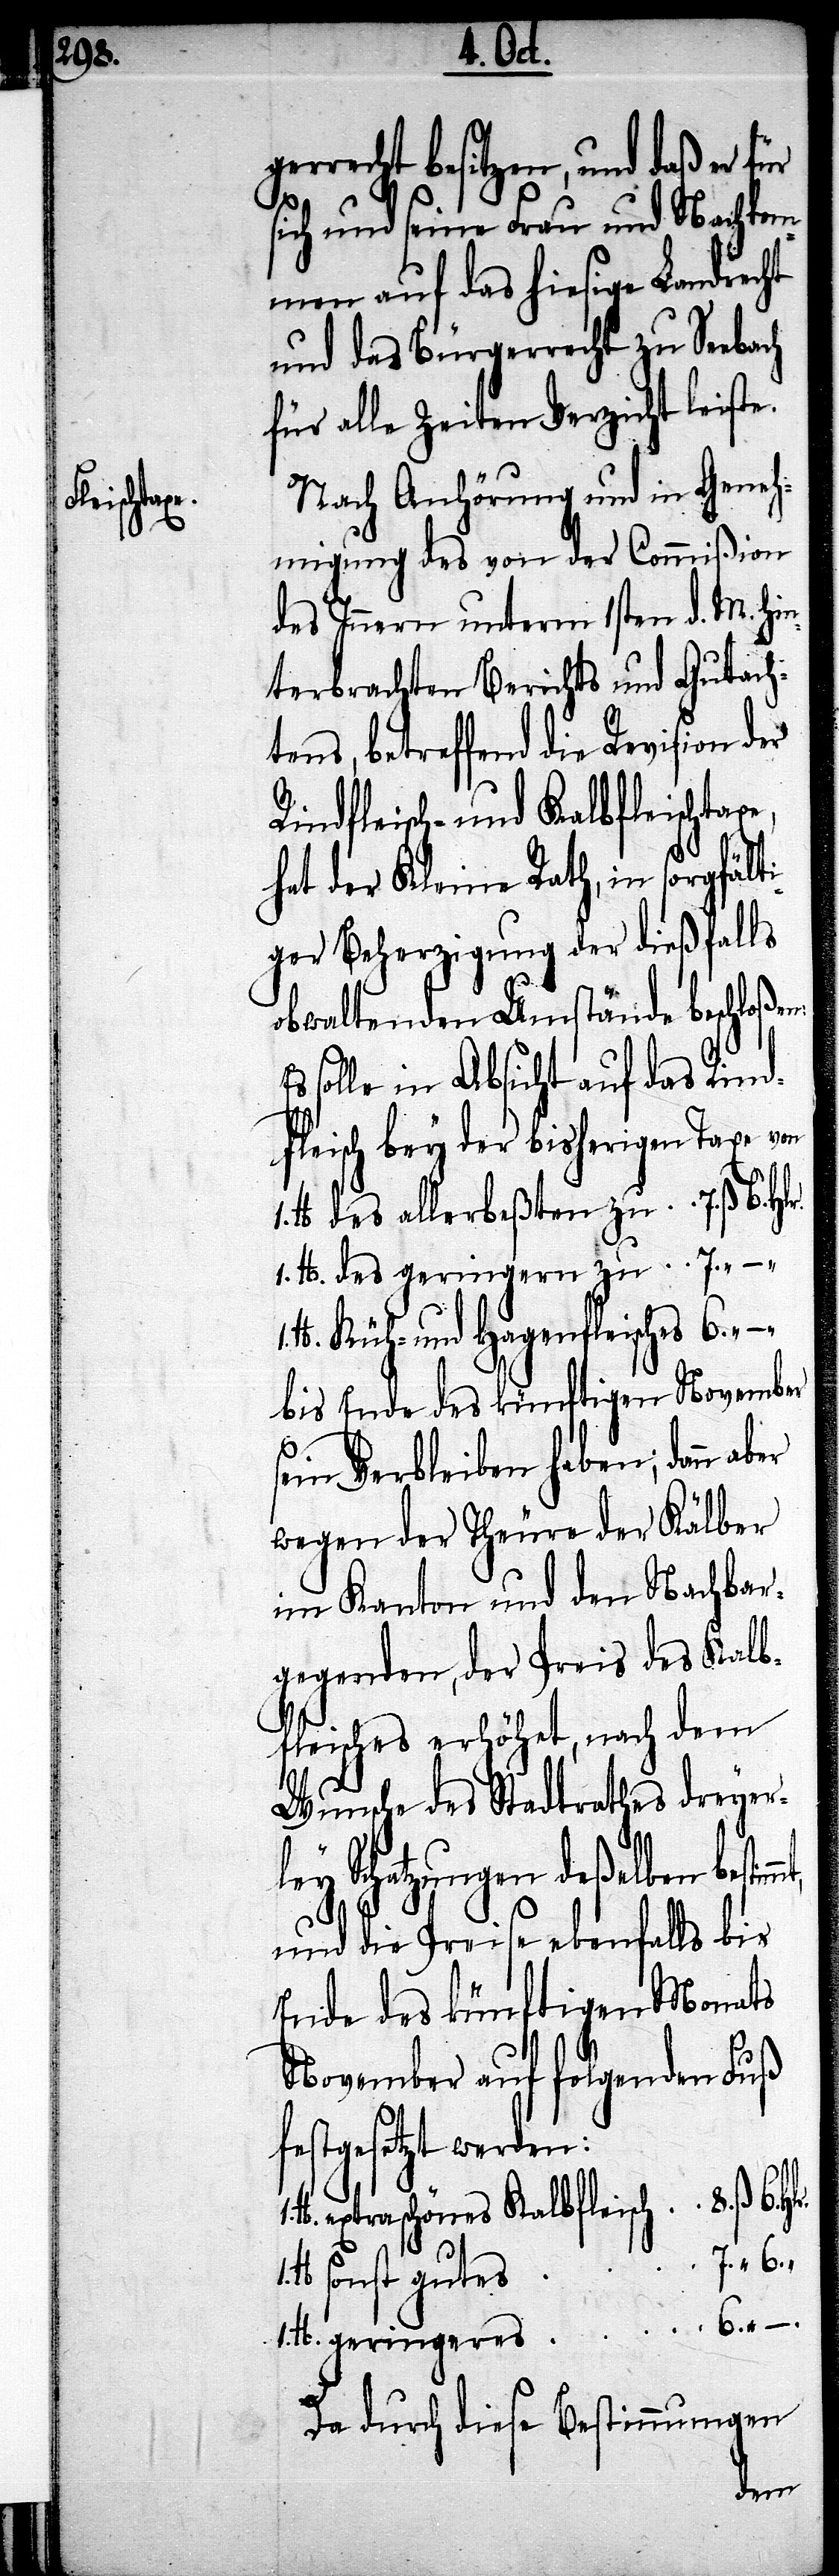
–. Hlr.
gerrecht besitzen, und daß er für
sich und seine Frau und Nachkom¬
men auf das hiesige Landrecht
und das Bürgerrecht zu Seebach
für alle Zeiten Verzicht leiste.
Nach Anhörung und in Geneh¬
migung des von der Commißion
des Innern unterm 1sten d. M. hi¬
nterbrachten Berichts und Gutach¬
tens, betreffend die Revision der
Rindfleisch- und Kalbfleischtaxe,
hat der Kleine Rath, in sorgfält¬
iger Beherzigung der dießfalls
obwaltenden Umstände beschloßen:
solle in Absicht auf das Rind¬
fleisch bey der bisherigen Taxe von
H. des allerbeßten zu . . 7. ß. 6.
1. H. des geringern zu . .
H. Kuh- und Hagenfleisches 6.
bis Ende des künftigen November
sein Verbleiben haben; dann aber
wegen der Theure der Kälber
im Kanton und den Nachbar¬
gegenden, der Preis des Kalb¬
fleisches erhöhet, nach dem
Wunsche des Stadtrathes dreyerl¬
ey Schatzungen deßelben
und die Preise ebenfalls bis
Ende des künftigen Monats
November auf folgenden Fuß
festgesetzt werden:
H. geringeres Kalbfleisch . . 6. ß.
ß.6. Hlr.
Da durch diese Bestimmungen